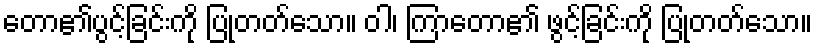
တော၏ပွင့်ခြင်းကို ပြုတတ်သော။ ဝါ၊ ကြာတော၏ ဖွင့်ခြင်းကို ပြုတတ်သော။